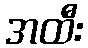
အထီး